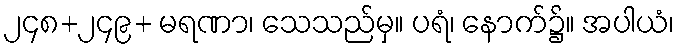
၂၄၈+၂၄၉+ မရဏာ၊ သေသည်မှ။ ပရံ၊ နောက်၌။ အပါယံ၊